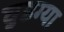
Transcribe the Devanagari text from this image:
घुडग्या